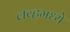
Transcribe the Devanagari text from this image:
लव्हमध्ये